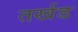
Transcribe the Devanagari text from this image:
तर्खड